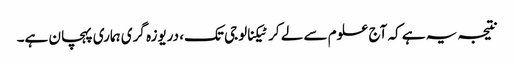
نتیجہ یہ ہے کہ آج علوم سے لے کر ٹیکنالوجی تک، دریوزہ گری ہماری پہچان ہے۔